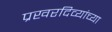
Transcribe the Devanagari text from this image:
प्रखरदिव्यांच्या